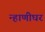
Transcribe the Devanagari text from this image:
न्हाणीघर